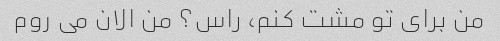
من برای تو مشت کنم، راس؟ من الان می روم